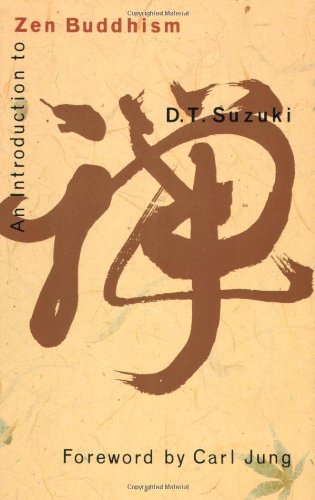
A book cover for An Introduction to Zen Buddhism; D. T. Suzuki; Religion & Spirituality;